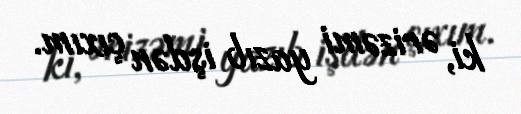
ki, ərizəmi yazıb işdən çıxım.